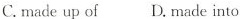
C.made up of D.made into